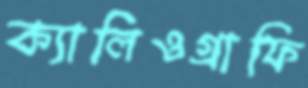
ক্যালিওগ্রাফি